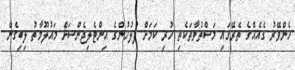
ހެންވޭރު ގެއެއްގެ ތެރޭގައި މަސްތުވާތަކެތި ހުރި ކަމަށް ފުލުހުންގެ އިންޓެލިޖެންސަށް މައުލޫމާތު ލިބިގެން